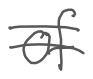
Text: of
Cross-out: double-line
Writing tool: digital_gray